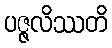
ပဇ္ဇလိဿတိ